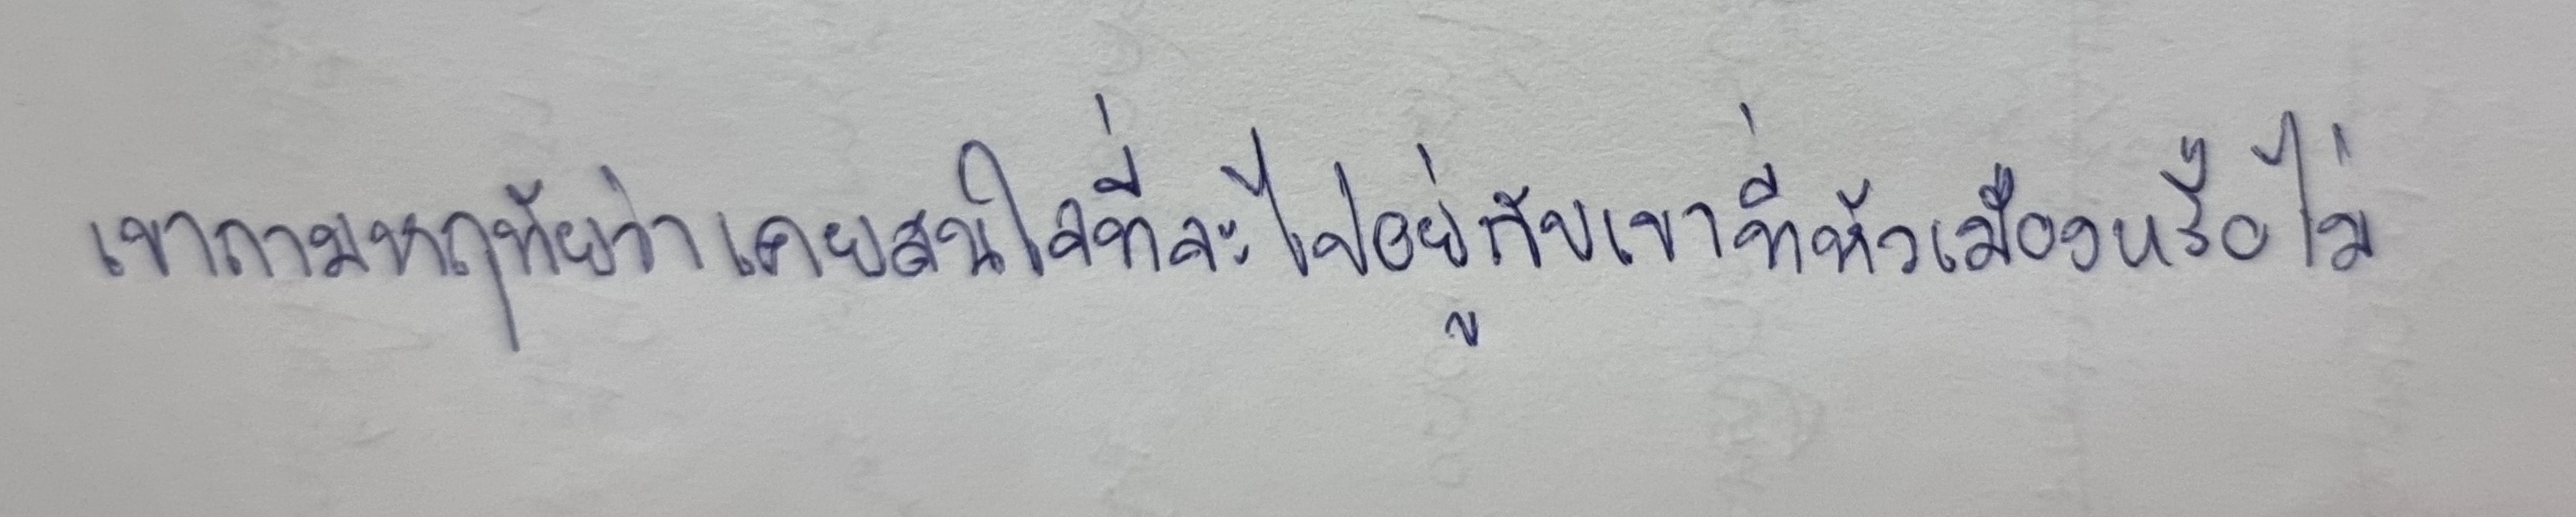
เขาถามหฤทัยว่าเคยสนใจที่จะไปอยู่กับเขาที่หัวเมืองหรือไม่